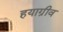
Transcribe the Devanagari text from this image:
हयाग्रीव